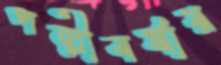
পল্লীবর্ষার